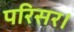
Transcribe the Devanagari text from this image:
परिसर।